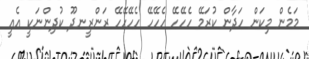
މަމެން މިކަން ހަދާން ކުރަމޭ ހެހޭހޭ ހެހޭހޭ ހެހޭހޭހޭ ރަންރީނދޫ ކުދިންނަކީ އެއީ